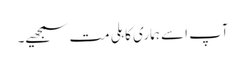
آپ اسے ہماری کاہلی مت سمجھیے۔